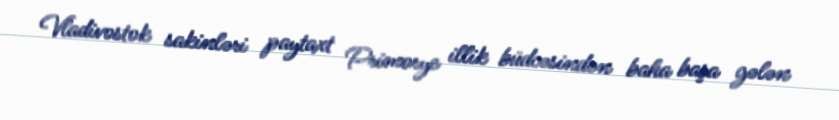
Vladivostok sakinləri paytaxt Primorye illik büdcəsindən baha başa gələn